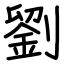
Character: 劉